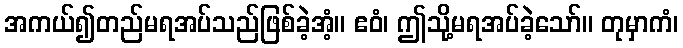
အကယ်၍တည်မရအပ်သည်ဖြစ်ခဲ့အံ့။ ဧဝံ၊ ဤသို့မရအပ်ခဲ့သော်။ တုမှာကံ၊